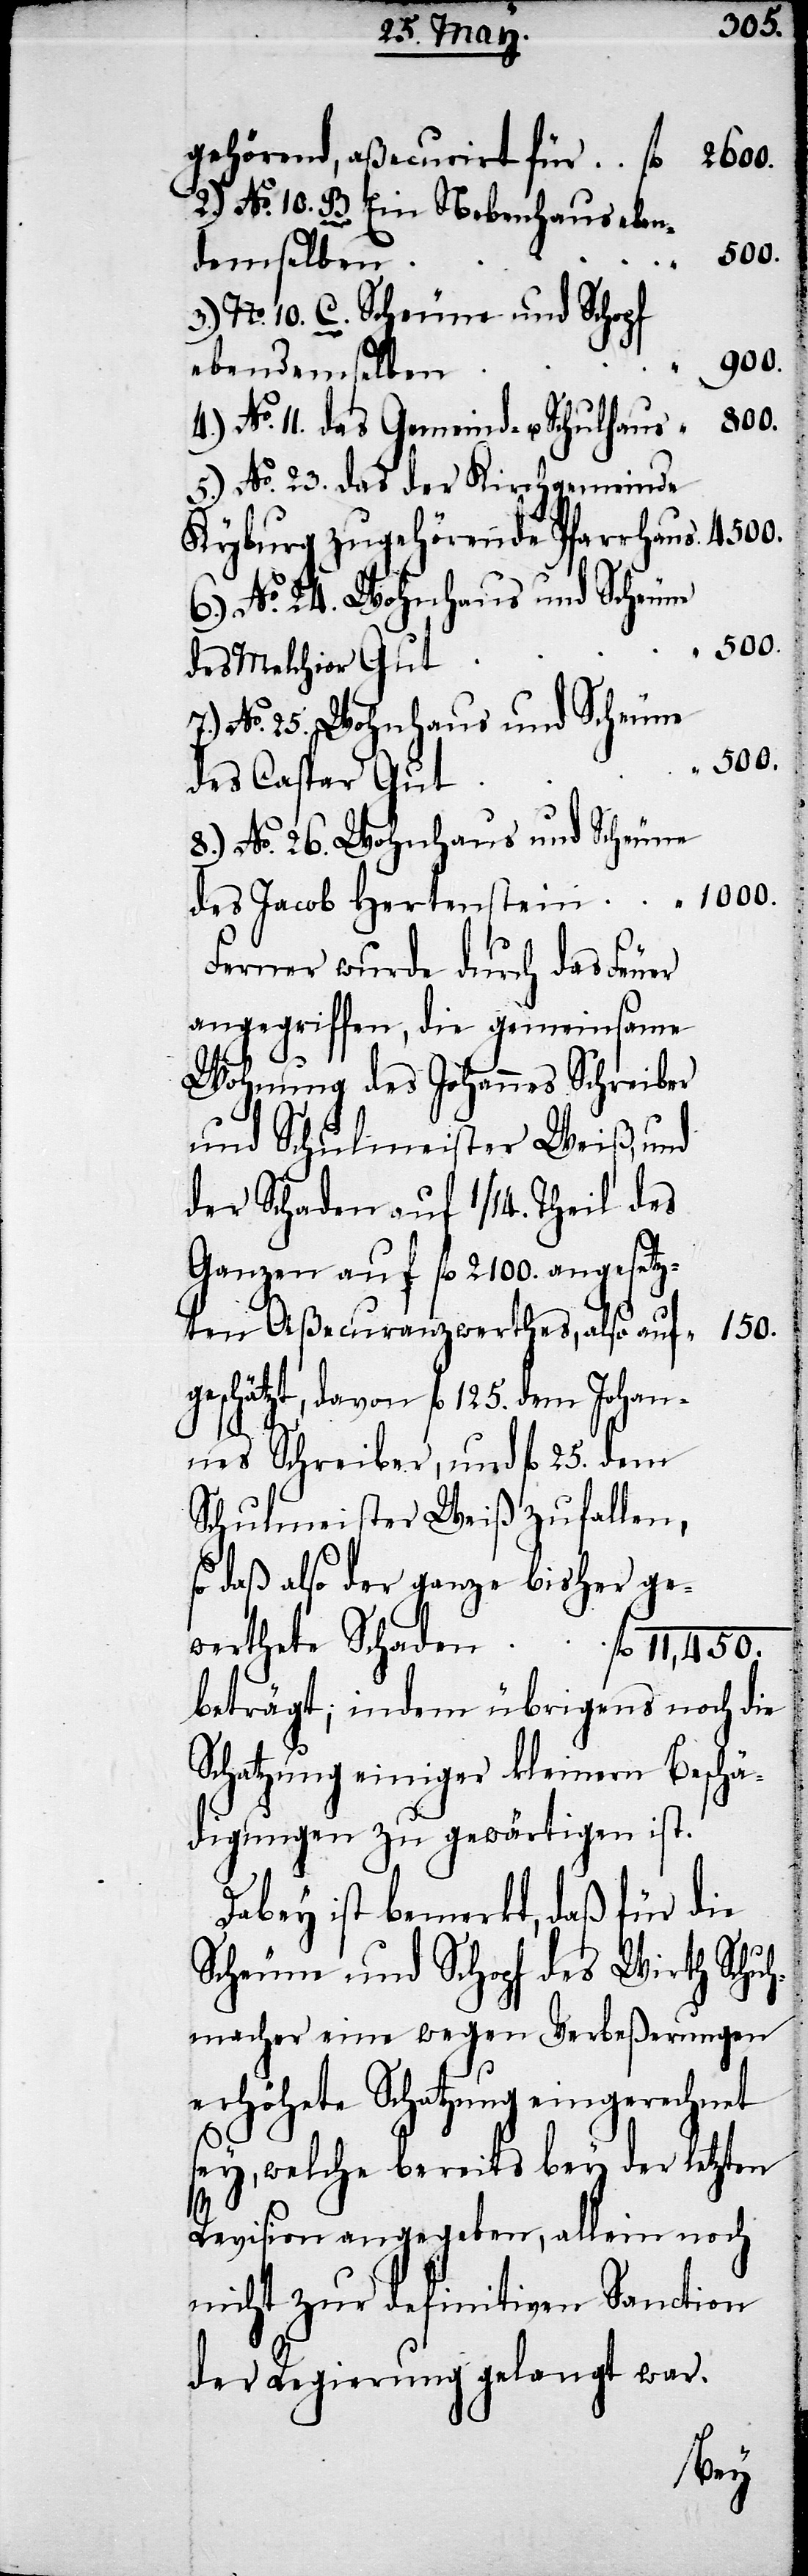
gehörend, aßecurirt für
2.) No. 10. B. Ein Nebenhaus eben¬
500.
demselben
3.) No. 10. C. Scheune und Schopf
1000.
ebendemselben
5.) No. 23. das der Kirchgemeinde
Kyburg zugehörende Pfarrhaus.
des Melchior Gut
des Caspar Gut
8.) No. 26. Wohnhaus und Scheune
Ferner wurde durch das Feuer
angegriffen, die gemeinsame
Wohnung des Johannes Schreiber
und Schulmeister Weiß, und
der Schaden auf 1/14. Theil des
Ganzen auf fl. 2100. angesetz¬
ten Aßecuranzwerthes, also auf
geschätzt, davon fl. 125. dem Johan¬
nes Schreiber, und fl. 25. dem
Schulmeister Weiß zufallen,
so daß also der ganze bisher ge¬
beträgt; indem übrigens noch die
Schatzung einiger kleinern Beschä¬
digungen zu gewärtigen ist.
Dabey ist bemerkt, daß für die
Scheune und Schopf des Wirth Schu¬
hmacher eine wegen Verbeßerungen
erhöhete Schatzung eingerechnet
sey, welche bereits bey der letzten
fl.
Revision angegeben, allein noch
nicht zur definitiven Sanction
der Regierung gelangt war.
thete